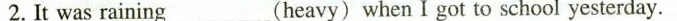
2.It was raining____(heavy) when I got to school yesterday.